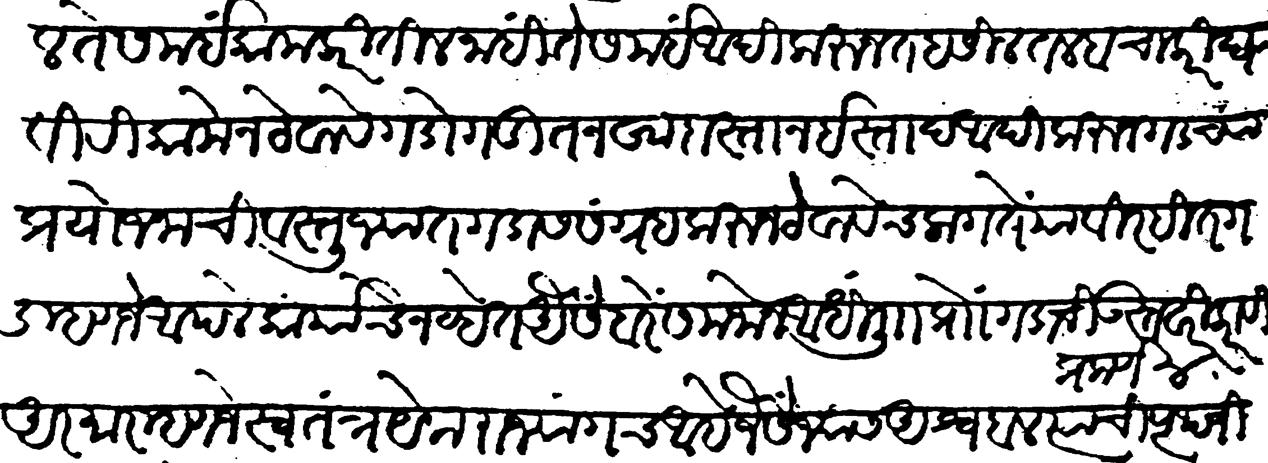
Transliteration (Devanagari): पड़ेल ते समई काम करतील नाहीं ते समयी आदी करुन तहसील तलब चाकरी घ्यावी रिकामे न ठेवावे गडोगडीं तनखा दास्तान इस्ताद आदिकरुन गडाच्या प्रयोजनाची वस्तूजात गडास संग्रह करुन ठेवावेंच लागते याविरहित गड म्हणजे आपले कार्याचे नव्हेत ऐसे बरें समजोन आधी लिहिलेप्रमाणे गडाची उस्तवारी करावी आरमार आरमार म्हणजे स्वतंत्र येक राज्यांगच आहे जैसें ज्यास अश्वबळ त्याची पृथ्वी